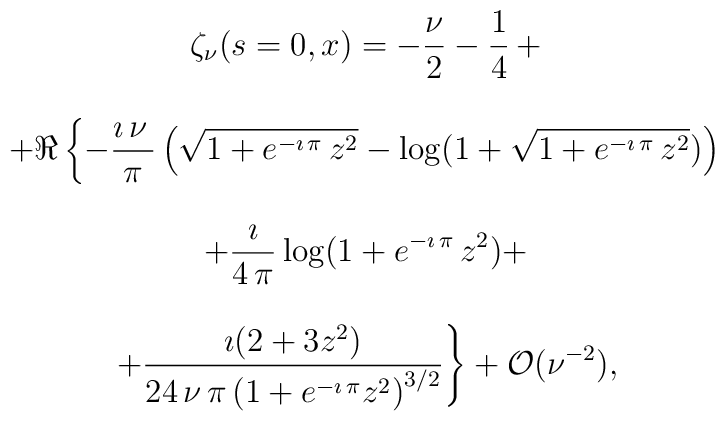
\begin{array}{c}   \zeta_\nu(s=0,x) =   \displaystyle{{-{\frac{\nu}{2}}- \frac{1}{4}}\,+ }    \\ \\    \displaystyle{  +\Re \left\{ -  {\frac{\imath\,\nu\,      }{\pi }}\left({\sqrt{1 + {e^{-\imath\,  \pi }}\,{z^2}}}-      \log(1 + {\sqrt{1 + {e^{-\imath\,  \pi  }}\,{z^2}}})\right)   \right. } \\ \\  \displaystyle{ \left.   +{\frac{\imath}{4\,\pi}}  \log (1 +{e^{-\imath\,\pi}}\, {z^2}) +  \right. } \\ \\ \displaystyle{ \left.    +{\frac{\imath(2+3 z^2)}{24\,\nu\,\pi \,      {{\left( 1 +{e^{-\imath\,\pi}}{z^2}      \right) }^{3/2}}}}   \right\} + {\cal O}(\nu^{-2})},\end{array}